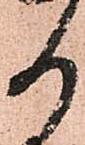
か